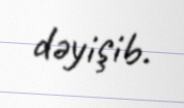
dəyişib.